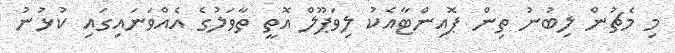
މި މެޗުން ލިބުނު ތިން ޕޮއިންޓާއެކު ލިވަޕޫލް އޮތީ ތާވަލުގެ އެއްވަނައިގައި ކުޅުނު